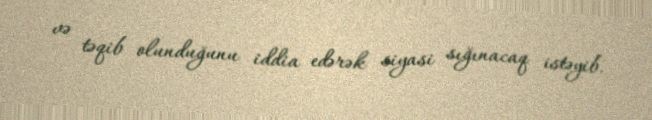
və təqib olunduğunu iddia edərək siyasi sığınacaq istəyib.